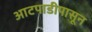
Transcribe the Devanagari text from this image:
आटपाडीपासून